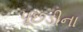
પૂછડીના